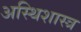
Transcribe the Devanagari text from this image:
अस्थिशास्त्र